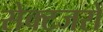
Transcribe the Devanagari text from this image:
सेक्टजरों